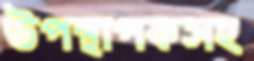
উপস্থাপকসহ